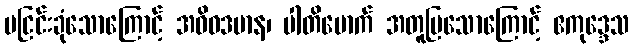
မငြင်းခုံသောကြောင့် အဝိဝဒမာန၊ ပါတိမောက် အတူပြသောကြောင့် ဧကုဒ္ဒေသ